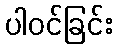
ပါဝင်ခြင်း